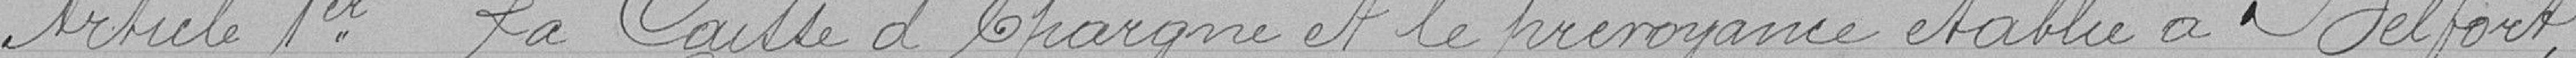
Article 1er - La Caisse d'Epargne et la prévoyance établie à Belfort,